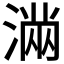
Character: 𭱽